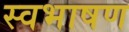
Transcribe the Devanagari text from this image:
स्वभाषण